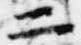
二